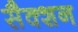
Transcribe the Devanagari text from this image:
सैक्‍शन